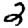
Digit: 2